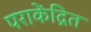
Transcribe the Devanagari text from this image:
पराकेंद्रित